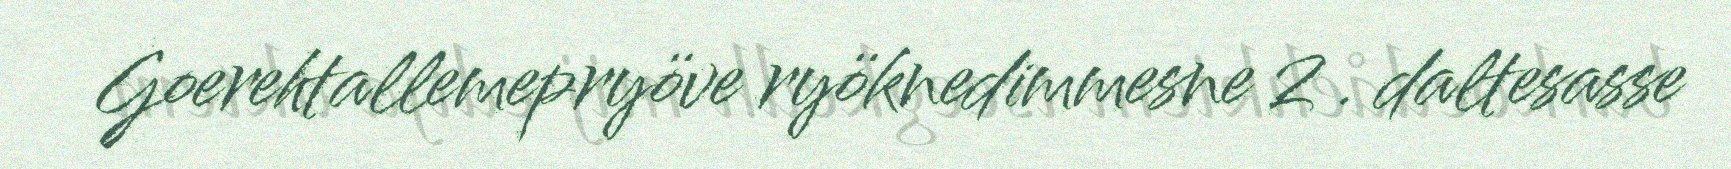
Goerehtallemepryöve ryöknedimmesne 2 . daltesasse